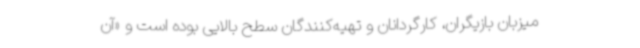
میزبان بازیگران، کارگردانان و تهیه‌کنندگان سطح بالایی بوده است و «آن